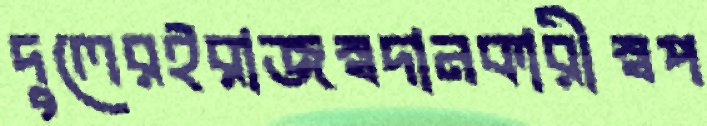
দুলেরইরাজস্বদানকারীস্বপ